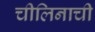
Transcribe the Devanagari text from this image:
चीलिनाची